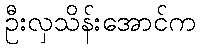
ဦးလှသိန်းအောင်က